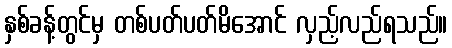
နှစ်ခန့်တွင်မှ တစ်ပတ်ပတ်မိအောင် လှည့်လည်ရသည်။